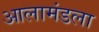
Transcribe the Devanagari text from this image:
आलामंडला